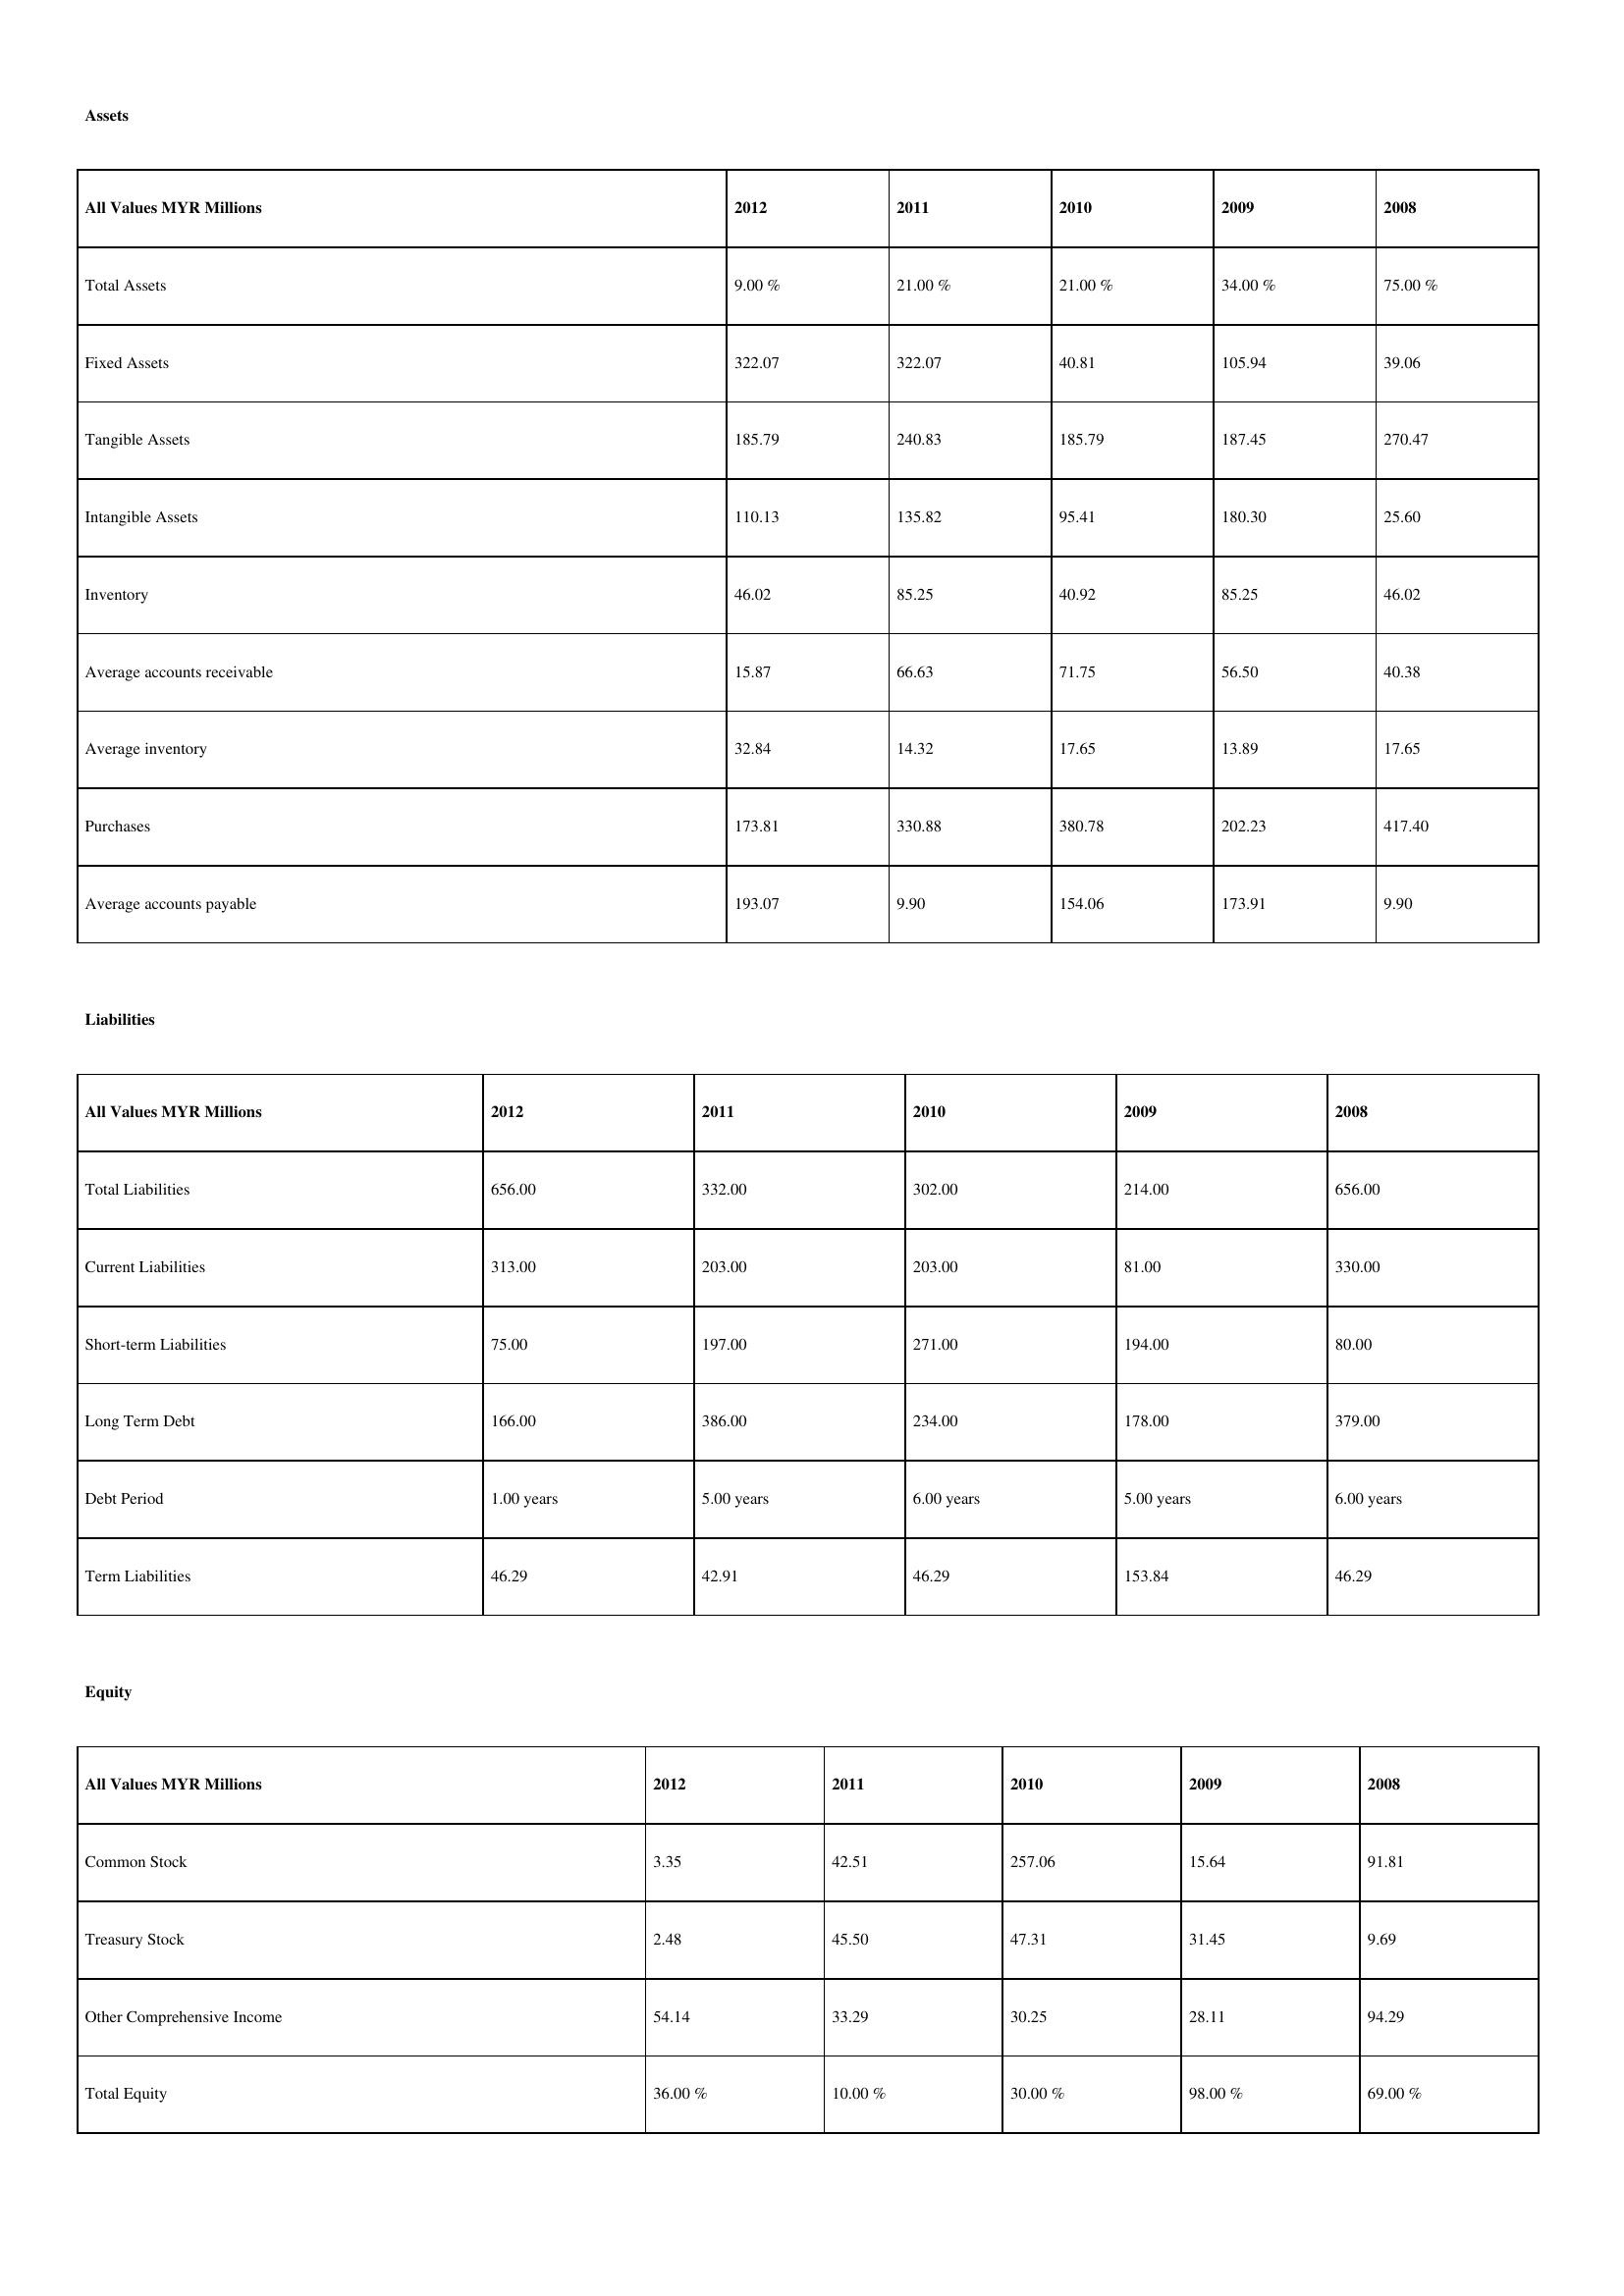
gt_parse: 2012: Assets: Total Assets: 9.00 %
Fixed Assets: 322.07
Tangible Assets: 185.79
Intangible Assets: 110.13
Inventory: 46.02
Average accounts receivable: 15.87
Average inventory: 32.84
Purchases: 173.81
Average accounts payable: 193.07
Liabilities: Total Liabilities: 656.00
Current Liabilities: 313.00
Short-term Liabilities: 75.00
Long Term Debt: 166.00
Debt Period: 1.00 years
Term Liabilities: 46.29
Equity: Common Stock: 3.35
Treasury Stock: 2.48
Other Comprehensive Income: 54.14
Total Equity: 36.00 %
2011: Assets: Total Assets: 21.00 %
Fixed Assets: 322.07
Tangible Assets: 240.83
Intangible Assets: 135.82
Inventory: 85.25
Average accounts receivable: 66.63
Average inventory: 14.32
Purchases: 330.88
Average accounts payable: 9.90
Liabilities: Total Liabilities: 332.00
Current Liabilities: 203.00
Short-term Liabilities: 197.00
Long Term Debt: 386.00
Debt Period: 5.00 years
Term Liabilities: 42.91
Equity: Common Stock: 42.51
Treasury Stock: 45.50
Other Comprehensive Income: 33.29
Total Equity: 10.00 %
2010: Assets: Total Assets: 21.00 %
Fixed Assets: 40.81
Tangible Assets: 185.79
Intangible Assets: 95.41
Inventory: 40.92
Average accounts receivable: 71.75
Average inventory: 17.65
Purchases: 380.78
Average accounts payable: 154.06
Liabilities: Total Liabilities: 302.00
Current Liabilities: 203.00
Short-term Liabilities: 271.00
Long Term Debt: 234.00
Debt Period: 6.00 years
Term Liabilities: 46.29
Equity: Common Stock: 257.06
Treasury Stock: 47.31
Other Comprehensive Income: 30.25
Total Equity: 30.00 %
2009: Assets: Total Assets: 34.00 %
Fixed Assets: 105.94
Tangible Assets: 187.45
Intangible Assets: 180.30
Inventory: 85.25
Average accounts receivable: 56.50
Average inventory: 13.89
Purchases: 202.23
Average accounts payable: 173.91
Liabilities: Total Liabilities: 214.00
Current Liabilities: 81.00
Short-term Liabilities: 194.00
Long Term Debt: 178.00
Debt Period: 5.00 years
Term Liabilities: 153.84
Equity: Common Stock: 15.64
Treasury Stock: 31.45
Other Comprehensive Income: 28.11
Total Equity: 98.00 %
2008: Assets: Total Assets: 75.00 %
Fixed Assets: 39.06
Tangible Assets: 270.47
Intangible Assets: 25.60
Inventory: 46.02
Average accounts receivable: 40.38
Average inventory: 17.65
Purchases: 417.40
Average accounts payable: 9.90
Liabilities: Total Liabilities: 656.00
Current Liabilities: 330.00
Short-term Liabilities: 80.00
Long Term Debt: 379.00
Debt Period: 6.00 years
Term Liabilities: 46.29
Equity: Common Stock: 91.81
Treasury Stock: 9.69
Other Comprehensive Income: 94.29
Total Equity: 69.00 %